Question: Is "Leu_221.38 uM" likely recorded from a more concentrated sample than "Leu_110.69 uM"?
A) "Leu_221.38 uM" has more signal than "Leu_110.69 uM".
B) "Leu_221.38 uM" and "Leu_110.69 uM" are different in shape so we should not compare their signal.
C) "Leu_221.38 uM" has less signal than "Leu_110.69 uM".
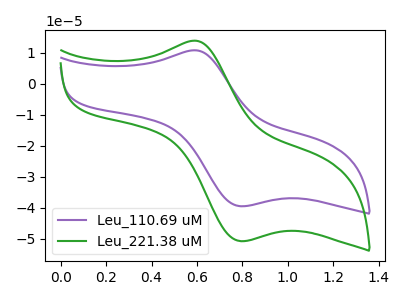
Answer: <think>The purple curve "Leu_110.69 uM" has an anodic peak at (0.60V, 10.85uA) and a cathodic peak at (0.80V, -39.45uA). The green curve "Leu_221.38 uM" has an anodic peak at (0.60V, 13.90uA) and a cathodic peak at (0.80V, -50.70uA).
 All the peaks in "Leu_221.38 uM" have a peak in "Leu_110.69 uM" at the same potential. Every peak in "Leu_221.38 uM" is higher than every peak in "Leu_110.69 uM".</think>
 <answer>A) "Leu_221.38 uM" has more signal than "Leu_110.69 uM".</answer>
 <eval>A</eval>